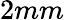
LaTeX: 2mm